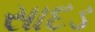
સાદડ